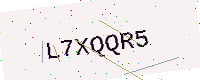
Text: L7XQQR5